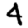
Digit: 4